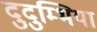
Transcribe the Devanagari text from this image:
दुदुम्भिया